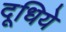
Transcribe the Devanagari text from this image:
दूधिये